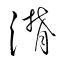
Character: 潸